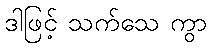
ဒါဖြင့် သက်သေ ကွာ